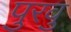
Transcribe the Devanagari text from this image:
पुरवु